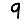
Digit: 9